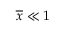
\overline { { x } } \ll 1